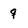
Character: q